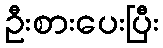
ဦးစားပေးပြီး